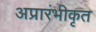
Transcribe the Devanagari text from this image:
अप्रारंभीकृत